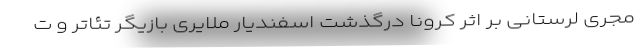
مجری لرستانی بر اثر کرونا درگذشت اسفندیار ملایری بازیگر تئاتر و ت